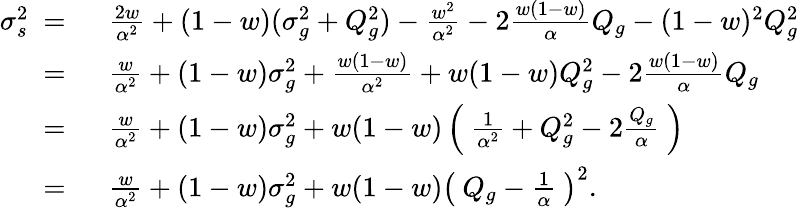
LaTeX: \begin{array}{rl}{\sigma_{s}^{2}\ =\ }&{\frac{2w}{\alpha^{2}}+(1-w)(\sigma_{g}^{2}+Q_{g}^{2})-\frac{w^{2}}{\alpha^{2}}-2\frac{w(1-w)}{\alpha}Q_{g}-(1-w)^{2}Q_{g}^{2}}\\ {\ =\ }&{\frac{w}{\alpha^{2}}+(1-w)\sigma_{g}^{2}+\frac{w(1-w)}{\alpha^{2}}+w(1-w)Q_{g}^{2}-2\frac{w(1-w)}{\alpha}Q_{g}}\\ {\ =\ }&{\frac{w}{\alpha^{2}}+(1-w)\sigma_{g}^{2}+w(1-w)\left(\ \frac{1}{\alpha^{2}}+Q_{g}^{2}-2\frac{Q_{g}}{\alpha}\ \right)}\\ {\ =\ }&{\frac{w}{\alpha^{2}}+(1-w)\sigma_{g}^{2}+w(1-w)\left(\ Q_{g}-\frac{1}{\alpha}\ \right)^{2}.}\end{array}